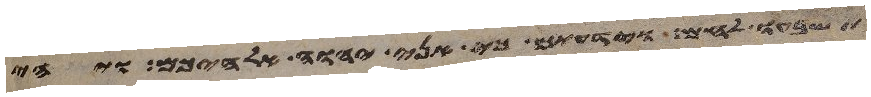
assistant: תשבעו לחם וידעתם כי אני יהוה אלהיכם ויהי